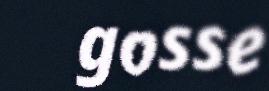
gosse